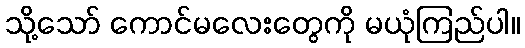
သို့သော် ကောင်မလေးတွေကို မယုံကြည်ပါ။